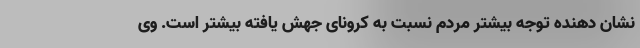
نشان دهنده توجه بیشتر مردم نسبت به کرونای جهش یافته بیشتر است. وی